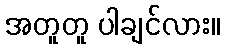
အတူတူ ပါချင်လား။